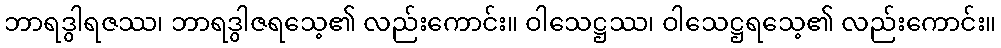
ဘာရဒွါရဇဿ၊ ဘာရဒွါဇရသေ့၏ လည်းကောင်း။ ဝါသေဋ္ဌဿ၊ ဝါသေဋ္ဌရသေ့၏ လည်းကောင်း။